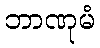
ဘာဏုမံ